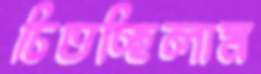
চিতচ্ছিলাম